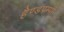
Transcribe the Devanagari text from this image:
हैण्डपम्पों